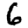
Digit: 6